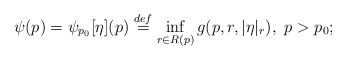
\begin{align*} \psi(p) = \psi_{p_0}[\eta](p) \stackrel{def}{=} \inf_{r \in R(p)} g(p, r, |\eta|_r), \ p > p_0;\end{align*}